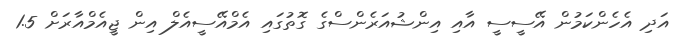
އަދި އެހެންކަމުން އޭސީސީ އާއި އިންޝުއަރެންސްގެ ގޮތުގައި އެމްއޭސީއެލް އިން ޖީއެމްއާރަށް 1.5